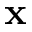
\mathbf { x }